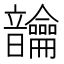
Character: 𬰾